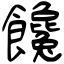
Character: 饞